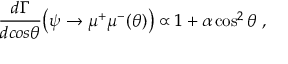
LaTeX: \frac { d \Gamma } { d c o s \theta } \big ( \psi \rightarrow \mu ^ { + } \mu ^ { - } ( \theta ) \big ) \propto 1 + \alpha \cos ^ { 2 } { \theta } \; ,